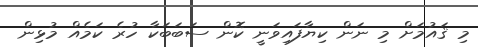
މި ޤައުމަށް މި ނަން ކިޔާފައިވަނީ ކޮން ސަބަބަކާ ހުރެ ކަމެެއް މުޅިން